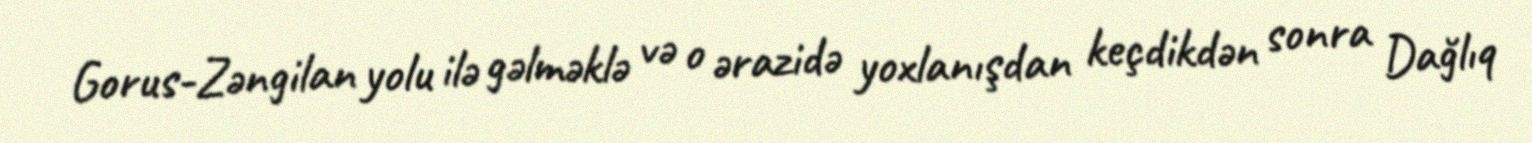
Gorus-Zəngilan yolu ilə gəlməklə və o ərazidə yoxlanışdan keçdikdən sonra Dağlıq